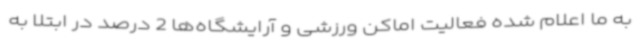
به ما اعلام شده فعالیت اماکن ورزشی و آرایشگاه‌ها 2 درصد در ابتلا به